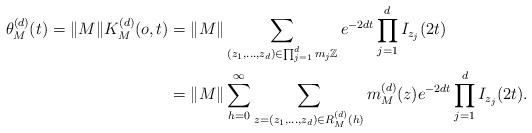
LaTeX: \begin{align*} \theta^{(d)}_M(t)=\Vert M\Vert K^{(d)}_M(o,t)&=\Vert M\Vert\sum_{(z_1,\ldots,z_d)\in\prod^{d}_{j=1}m_j\mathbb{Z}}e^{-2dt}\prod^{d}_{j=1}I_{z_j}(2t)\\&=\Vert M\Vert\sum^{\infty}_{h=0}\sum_{z=(z_1,\ldots,z_d)\in R^{(d)}_{M}(h)}m^{(d)}_{M}(z)e^{-2dt}\prod^{d}_{j=1}I_{z_j}(2t).\end{align*}